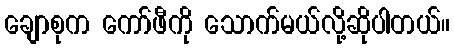
ချောစုက ကော်ဖီကို သောက်မယ်လို့ဆိုပါတယ်။